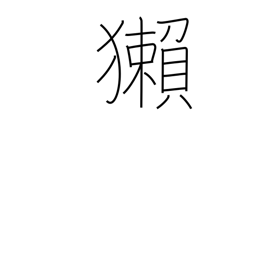
Meaning: otter